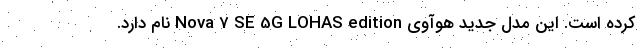
کرده است. این مدل جدید هوآوی Nova 7 SE 5G LOHAS edition نام دارد.